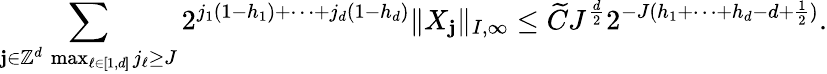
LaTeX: \sum_{\substack{\mathbf{j}\in\mathbb{Z}^{d}\, \operatorname*{max}_{\ell\in[\! [1,d]\! ]}j_{\ell}\geq J}}2^{j_{1}(1-h_{1})+\cdots+j_{d}(1-h_{d})}\| X_{\mathbf{j}}\| _{I,\infty}\leq\widetilde{C}J^{\frac{d}{2}}2^{-J(h_{1}+\cdots+h_{d}-d+\frac{1}{2})}.